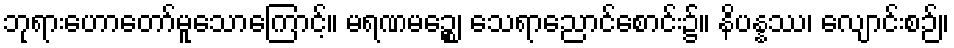
ဘုရားဟောတော်မူသောကြောင့်။ မရဏမဉ္စေ၊ သေရာညောင်စောင်း၌။ နိပန္နဿ၊ လျောင်းစဉ်။